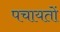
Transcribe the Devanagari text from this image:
पचायतों